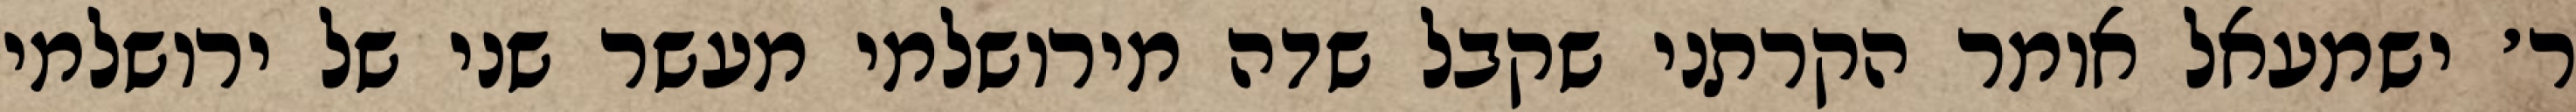
ר׳ ישמעאל אומר הקרתני שקבל שדה מירושלמי מעשר שני של ירושלמי